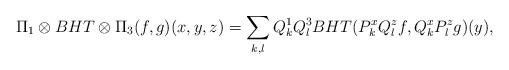
LaTeX: \begin{align*}\Pi_1 \otimes BHT \otimes \Pi_3(f, g)(x,y,z)=\sum_{k,l} Q_k^1 Q_l^3 BHT(P_k^x Q_l^z f, Q_k^x P_l^z g)(y),\end{align*}